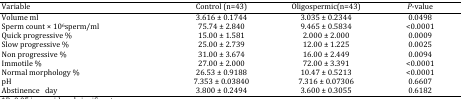
| Variable | Control (n=43) | Oligospermic(n=43) | P-value |
 | --- | --- | --- | --- |
 | Volume ml | 3.616 ± 0.1744 | 3.035 ± 0.2344 | 0.0498 |
 | Sperm count × 106sperm/ml | 75.74 ± 2.840 | 9.465 ± 0.5834 | <0.0001 |
 | Quick progressive % | 15.00 ± 1.581 | 2.000 ± 2.000 | 0.0009 |
 | Slow progressive % | 25.00 ± 2.739 | 12.00 ± 1.225 | 0.0025 |
 | Non progressive % | 31.00 ± 3.674 | 16.00 ± 2.449 | 0.0094 |
 | Immotile % | 27.00 ± 2.000 | 72.00 ± 3.391 | <0.0001 |
 | Normal morphology % | 26.53 ± 0.9188 | 10.47 ± 0.5213 | <0.0001 |
 | pH | 7.353 ± 0.03840 | 7.316 ± 0.07306 | 0.6607 |
 | Abstinence day | 3.800 ± 0.2494 | 3.600 ± 0.3055 | 0.6182 |